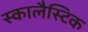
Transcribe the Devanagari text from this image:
स्कालैस्टिक